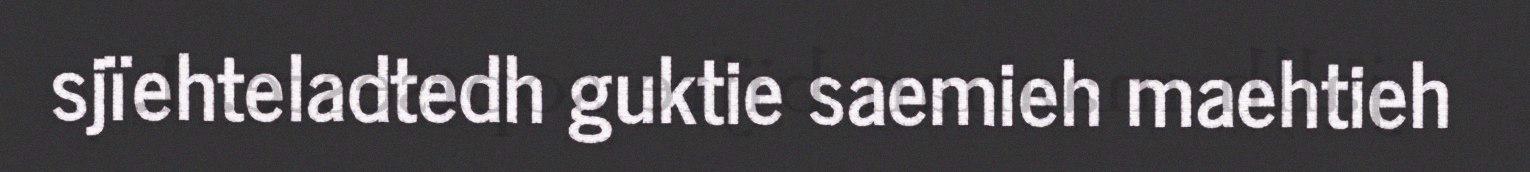
sjïehteladtedh guktie saemieh maehtieh